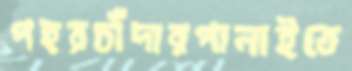
পহরচাঁদারপালাইতে